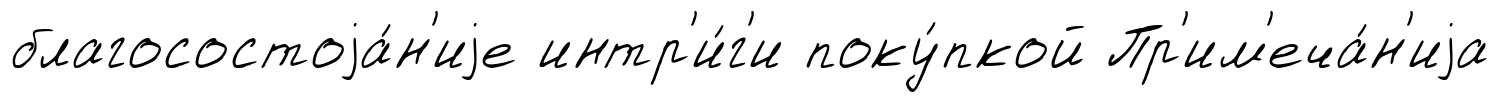
благосостоjа́н'иjе интр'и́г'и поку́пкой Пр'им'еча́н'иjа